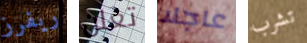
ريفرز تعلن عاجلا تشرب